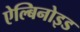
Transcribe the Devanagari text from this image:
ऐल्बिनोइड